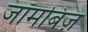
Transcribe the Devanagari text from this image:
जॉमबिज़